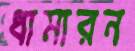
ধামারন